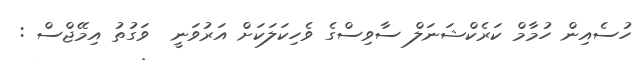
ހުސެއިން ހުމާމް ކަރެކްޝަނަލް ސާވިސްގެ ވެހިކަލަކަށް އަރުވަނީ  ވަގުތު އިމޭޖްސް :